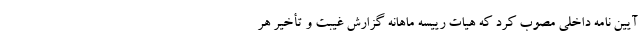
آیین نامه داخلی مصوب کرد که هیات رییسه ماهانه گزارش غیبت و تأخیر هر